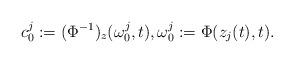
LaTeX: \begin{align*}c_0^j:=(\Phi^{-1})_z(\omega_0^j,t),\omega_0^j:=\Phi(z_j(t),t).\end{align*}